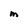
Character: M